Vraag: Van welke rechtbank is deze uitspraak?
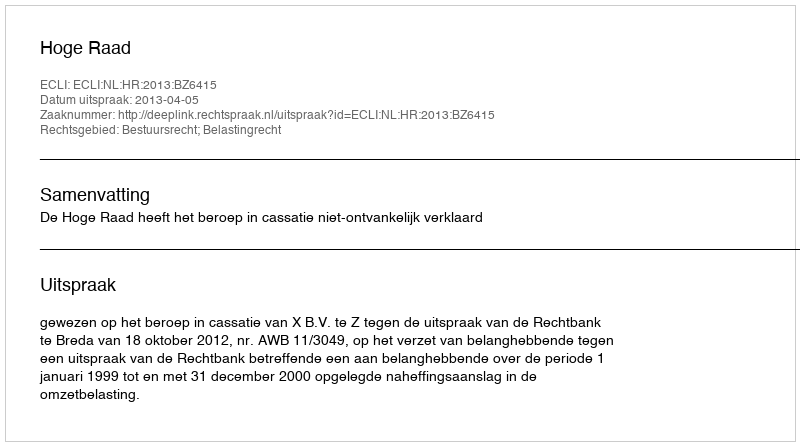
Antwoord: Hoge Raad